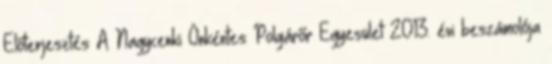
Előterjesztés A Nagycenki Önkéntes Polgárőr Egyesület 2013. évi beszámolója